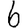
Digit: 6